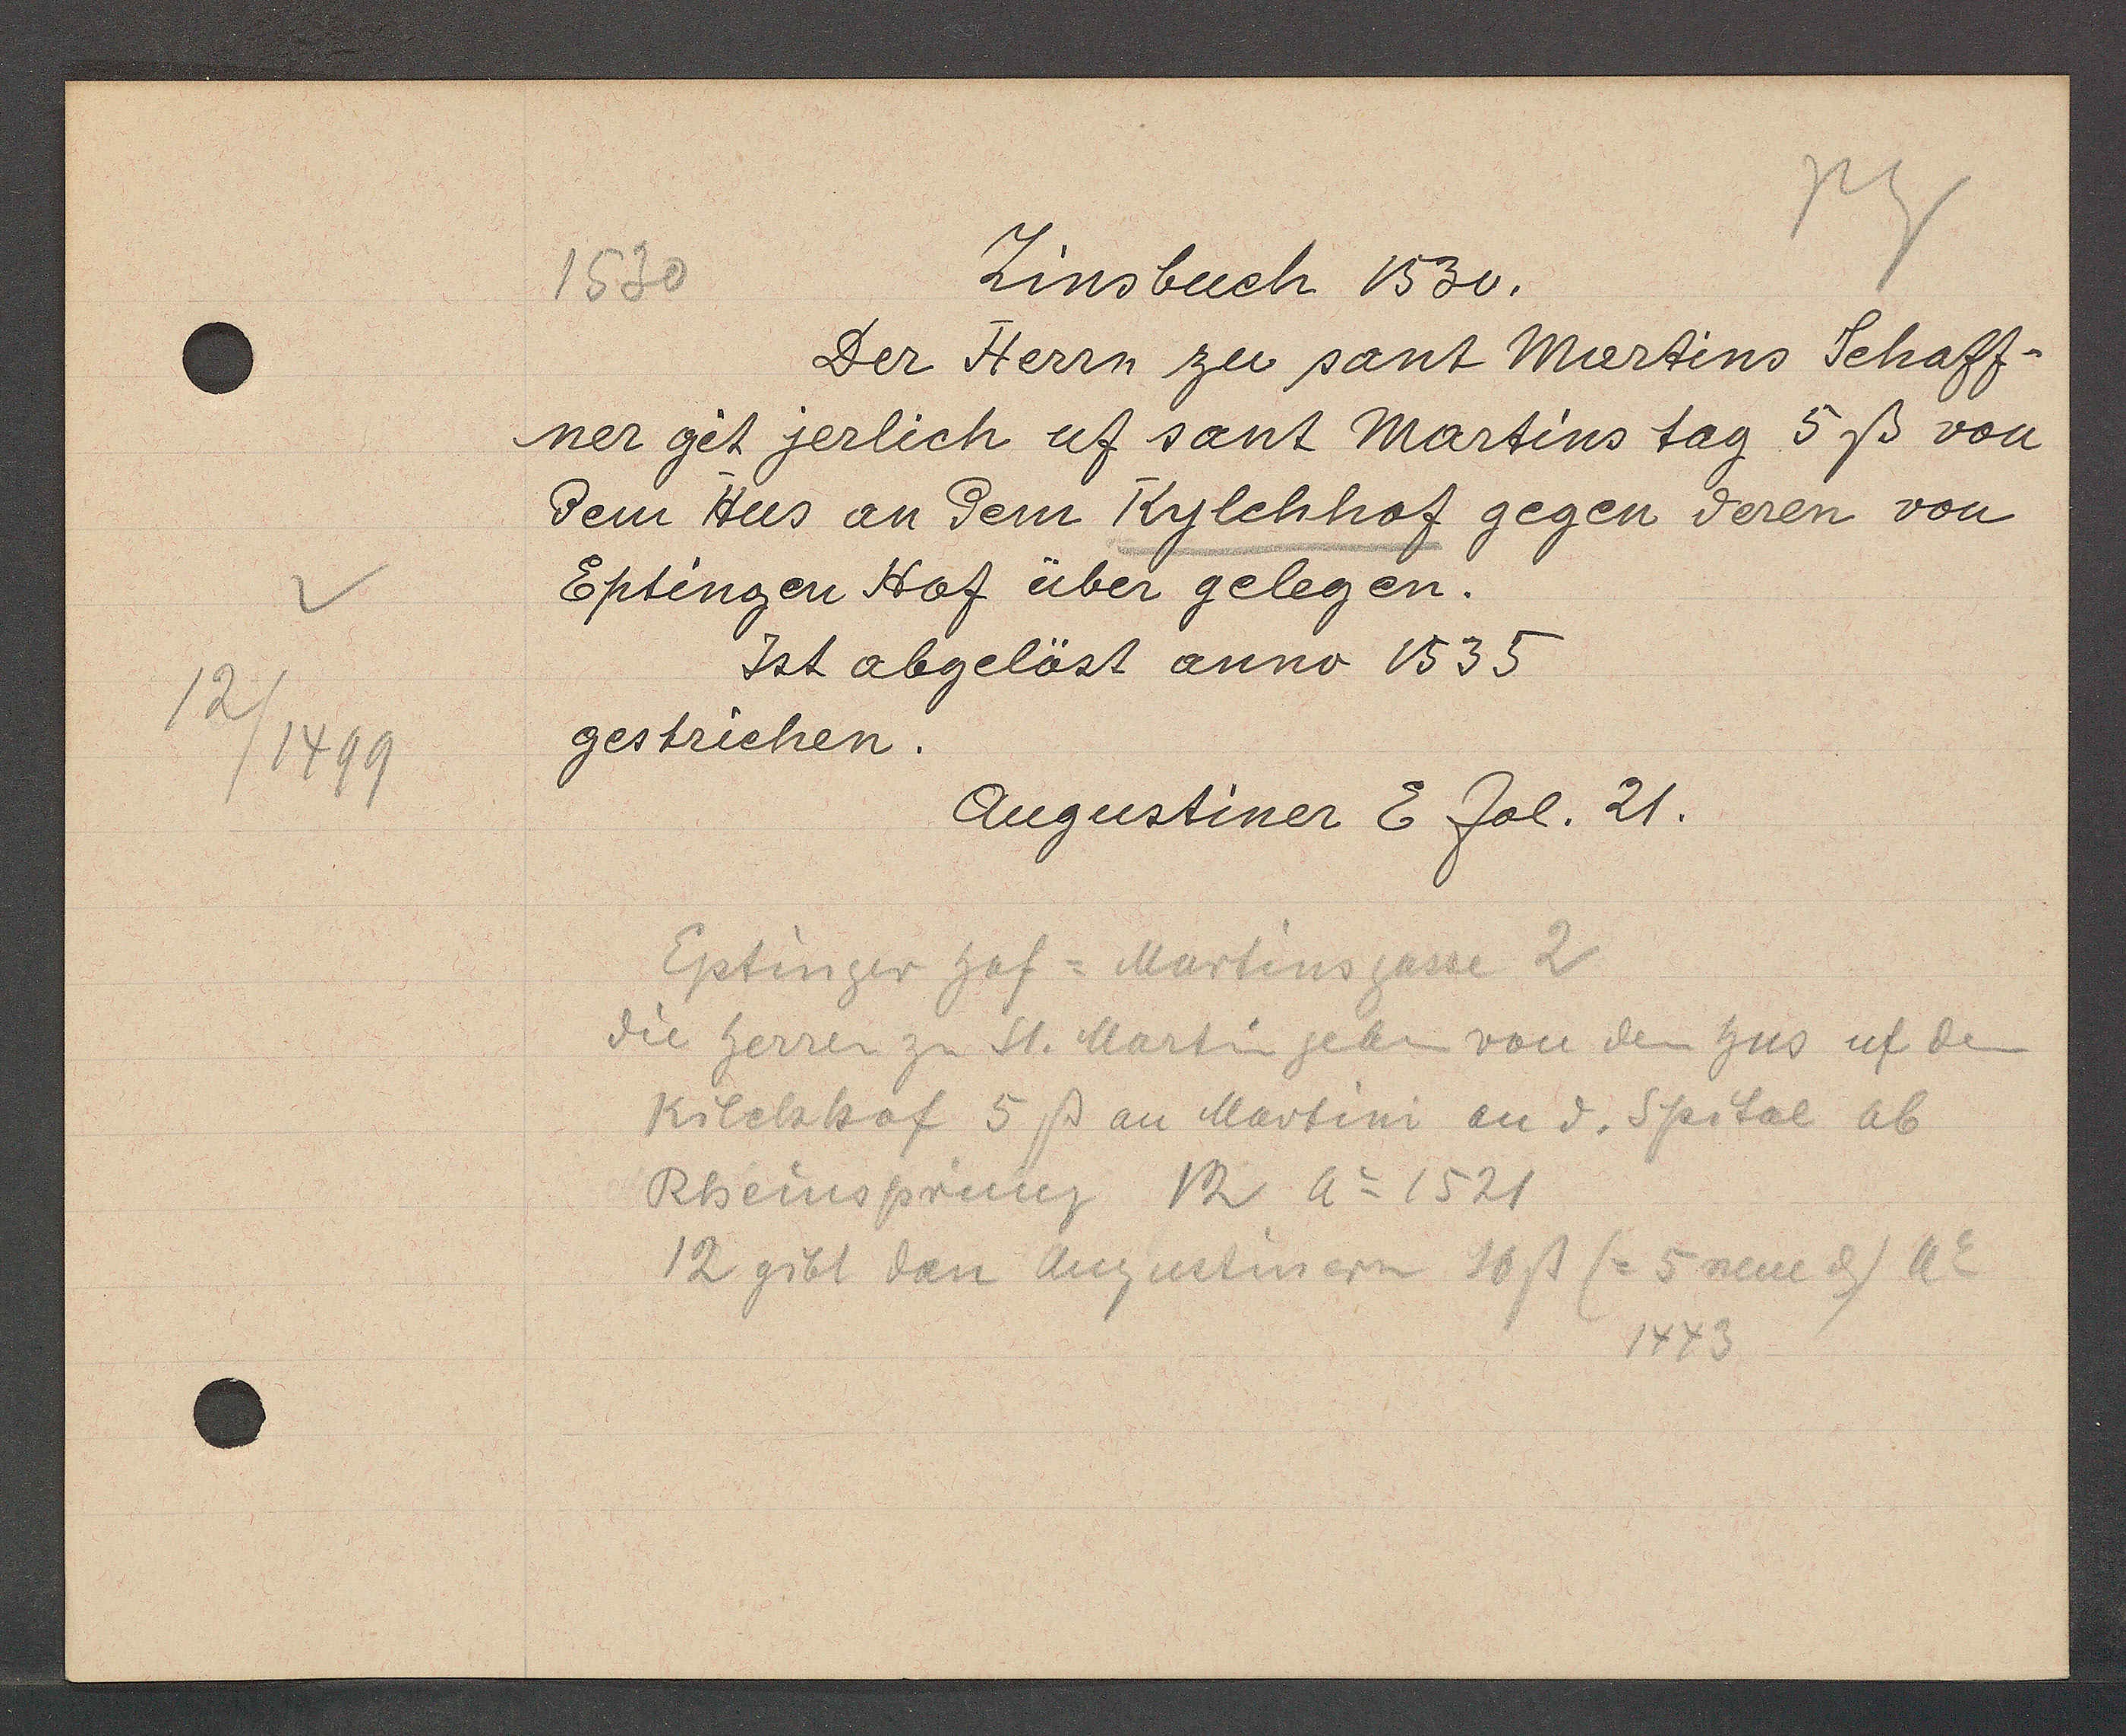
Transcript:
12
/1499

1530
Zinsbuch 1530.

Der Herrn zu sant Martins Schaff¬
ner git jerlich uf sant Martins tag 5ß von
dem Hus an dem Kylchhof gegen deren von
Eptingen Hof über gelegen.
Ist abgelöst anno 1535
gestrichen.

Augustiner E fol. 21.

Eptinger hof = Martinsgasse 2
die herren zu St. Martin geben von dem hus uf den
Kilchhof 5 ß an Martini an d. Spital ab
Rheinsprung 12 ao 1521
12 gibt dan Augustinern 10ß (= 5 neue ȡ) ao
1443